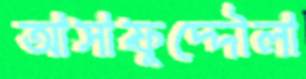
আসাফুদ্দৌলা